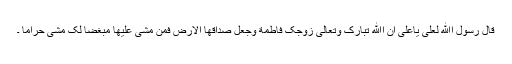
قَالَ رَسُوْلُ اﷲِ لِعَلِیٍّ یَاعَلِیُّ اِنَّ اﷲَ تَبَارَکَ وَتَعَالی زَوَّجَکَ فَاطِمَةَ وَجَعَلَ صِدَاقها الْاَرْضَ فَمَنْ مَشی عَلَیها مُبْغِضاً لَکَ مَشی حَرَاماً ۔